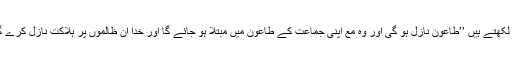
پھر لکھتے ہیں ’’طاعون نازل ہو گی اور وہ مع اپنی جماعت کے طاعون میں مبتلا ہو جائے گا اور خدا ان ظالموں پر ہلاکت نازل کرے گا‘‘۔